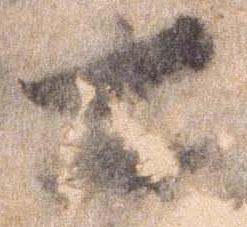
士